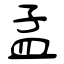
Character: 孟